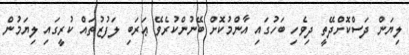
ލިޔަން ދަސްކޮށްދޭތީ ދިވެހި ބަހުގައި އާންމުކޮށް ބޭނުންކުރެވޭ ޢަރަބި ލަފުޒުތައް ކުރީގައި ލިޔަމުން